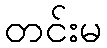
တင်းမ